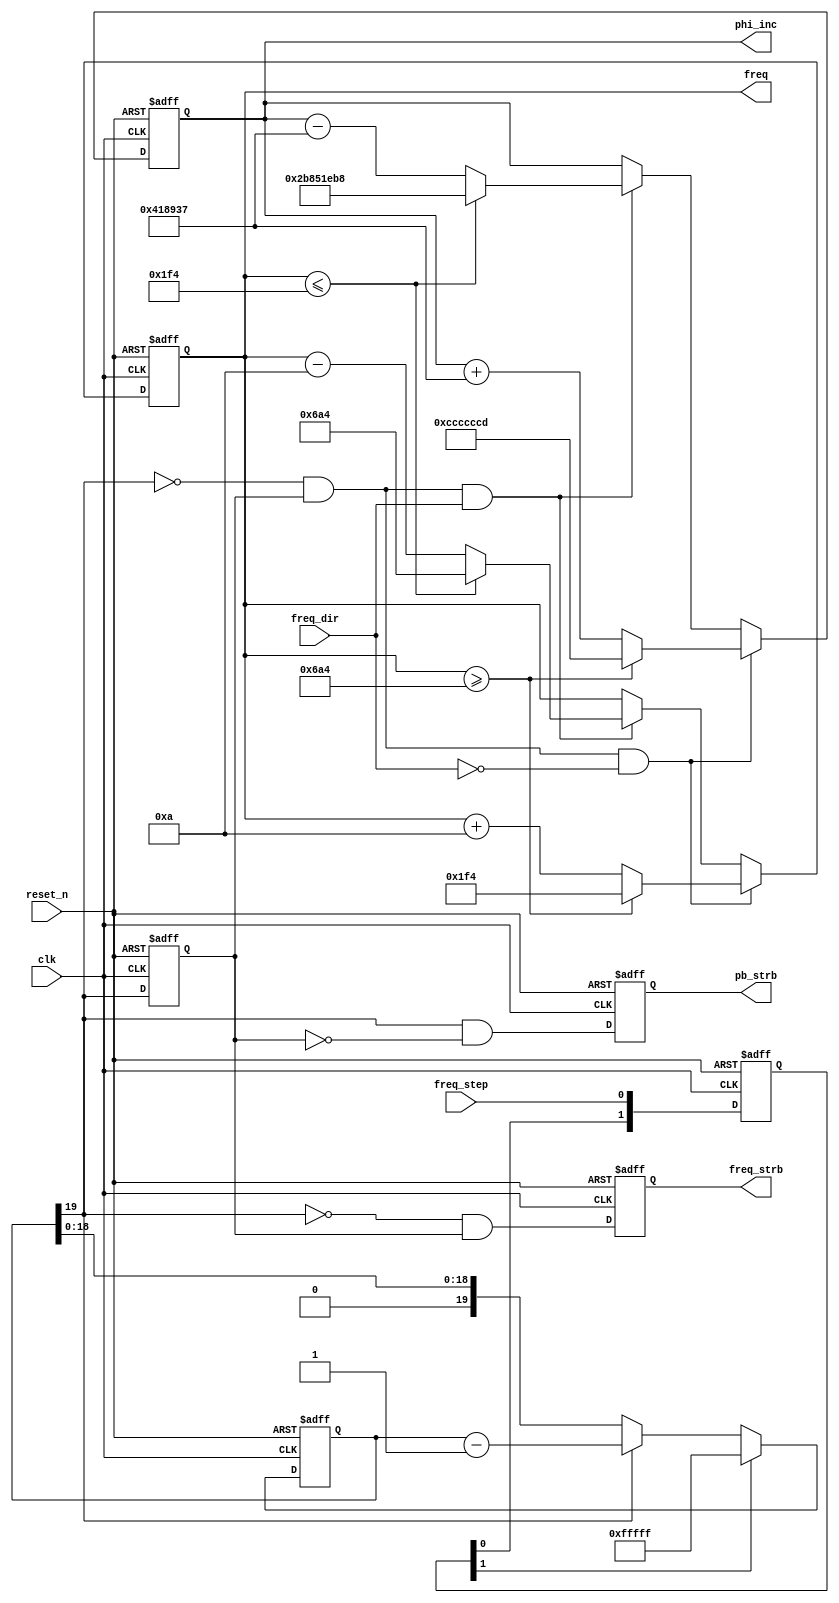
// freq_phase_cntrs.v
//
// Project: Medium Wave (500 kHz - 1700 kHz) Receiver, SDR Demonstration
// Copyright 2012, Zephyr Engineering, Inc., All Rights Reserved
//
// Description: Keep track of the current frequency and phase increment, which
// increment or decrement when the user push-button is pressed.
//
// Written by: Steve Kalandros
//
// Revision 0.1 - Aug. 24, 2012  S.K. Initial release.
// -----------------------------------------------------------------------------------------------------

// ---- Module I/O -------------------------------------------------------------------------------------
module freq_phase_cntrs
#(
    parameter START_FREQ_KHZ =  500,                   // Default frequency at reset or power-up
    parameter FREQ_STEP_KHZ  =   10,                   // Frequency increment or decrement step
    parameter LOW_FREQ_KHZ   =  500,                   // Lowest allowed frequency
    parameter HIGH_FREQ_KHZ  = 1700,                   // Highest allowed frequency
    parameter FREQ_SIZE      =   12,                   // Bits in frequency
    parameter DEBOUNCE_SIZE  =   20                    // Bits in debounce counter (determines delay)
) (
    input   wire  clk,                                 // System clock
    input   wire  reset_n,                             // Asynchronous system reset
    input   wire  freq_step,                           // Frequency step push-button
    input   wire  freq_dir,                            // Frequency step direction DIP switch
    output  wire  pb_strb,                             // Push-button pressed strobe
    output  wire  freq_strb,                           // Push-button released strobe
    output  wire  signed  [FREQ_SIZE-1:0] freq,        // Current frequency in kHz
    output  wire  [31:0]  phi_inc                      // Local oscillator phase increment
);
// -----------------------------------------------------------------------------------------------------


// ---- Function Definitions ---------------------------------------------------------------------------
// Function to convert frequency in kHz to a phase increment for a 32-bit phase accumulator running at
// the 10 MHz ADC clock rate:
// 1.) Multiply the frequency in kHz by a constant integer representing the reciprocal of 10 MHz
//     (10,000 kHz). Since the reciprocal is less than one and we want to do integer math, we multiply
//     the constant by 2^43. This provides sufficient precision for our integer phase increments.
// 2.) The phase accumulator is only 32 bits, so we need to truncate 11 bits. First truncate 10 bits,
//     then add one for rounding and truncate the final bit.
//              PHASE_INC = ((FREQUENCY_IN_KHZ * ((2**43) / 10,000) >> 10) + 1) >> 1
//
localparam RECIP_CLK_FREQ_KHZ = 43'd879609302;  // Define (2**43) / 10,000
function integer khz_to_phase;
    input integer khz;
    reg [74:0] product;
    begin
        product = ((khz * RECIP_CLK_FREQ_KHZ) >> 10) + 1;
        khz_to_phase = product[32:1];
    end
endfunction
// -----------------------------------------------------------------------------------------------------


// ---- Derived Parameters -----------------------------------------------------------------------------
// Use a function to convert frequencies in kHz to phase increments for a 32-bit accumulator running at
// the 10 MHz ADC clock rate.
// -----------------------------------------------------------------------------------------------------
localparam START_FREQ_PH  = khz_to_phase(START_FREQ_KHZ);  // Default phase increment
localparam FREQ_STEP_PH   = khz_to_phase(FREQ_STEP_KHZ);   // Phase increment step
localparam LOW_FREQ_PH    = khz_to_phase(LOW_FREQ_KHZ);    // Lowest phase increment
localparam HIGH_FREQ_PH   = khz_to_phase(HIGH_FREQ_KHZ);   // Highest phase increment
// -----------------------------------------------------------------------------------------------------


// ---- Push-Button Debouncing -------------------------------------------------------------------------
// Debounce the User push-button by synchronizing to the sample clock and
// setting a counter which delays long enough to get past the mechanical noise
// of the switch.
// -----------------------------------------------------------------------------------------------------
reg [1:0] step_sync;                   // Shift register to synchronize User push-button input
reg [DEBOUNCE_SIZE-1:0] usrcount;      // User push-button debounce counter
wire freq_step_deb;                    // Debounced push-button input

// Synchronize the User push-button input to the ADC clock using a shift register.
always @(posedge clk or negedge reset_n) begin
    if (!reset_n) begin
        step_sync <= 2'b0;
    end
    else begin
        step_sync <= {step_sync[0], freq_step};
    end
end

// Debounce User push-button. The circuit sets all bits of a counter when the
// button is pushed and then counts down to zero before clearing it in order to
// ignore any mechanical noise on the switch. The delay for detecting noise is
// (2^(DEBOUNCE_SIZE-1) / 10 MHz) which is about 52 ms for the default value
// of DEBOUNCE_SIZE (20).
always @(posedge clk or negedge reset_n) begin
    if (!reset_n) begin
        usrcount <= {DEBOUNCE_SIZE{1'b0}};
    end
    else if (step_sync[1]) begin
        usrcount <= {DEBOUNCE_SIZE{1'b1}};
    end
    else if (usrcount[DEBOUNCE_SIZE-1]) begin
        usrcount <= usrcount - {{(DEBOUNCE_SIZE-1){1'b0}},1'b1};
    end
end

// The MSB of the counter is the debounced push-button input.
assign freq_step_deb = usrcount[DEBOUNCE_SIZE-1];
// -----------------------------------------------------------------------------------------------------


// ---- Frequency and Phase Increment Counters ---------------------------------------------------------
// Increment or decrement the frequency and phase increment on a falling edge
// of the debounced push-button signal. Roll over to the low frequency and
// phase increment when incremented past the maximum frequency mark; roll over
// to the high frequency and phase increment when decremented past the low
// frequency mark. 
// -----------------------------------------------------------------------------------------------------
reg freq_step_debq;                    // Registered debounced push-button input for edge detection
reg pb_strbq;                          // Registered rising edge of debounced push-button
reg freq_strbq;                        // Registered rising edge of debounced push-button
reg [FREQ_SIZE-1:0] frequency;         // Current frequency
reg [31:0] phase_inc;                  // Phase increment for local oscillator

// The receiver powers up and resets to the default local oscillator frequency.
// Pressing the User push-button on the BeMicro causes the frequency to increment
// or decrement. The button push is detected by looking for a falling edge on the
// debounced button-push flag (which actually occurs about 105 ms after the switch
// is released). Switch 1 indicates direction: 0 is increment, 1 is decrement.
always @(posedge clk or negedge reset_n) begin
    if (!reset_n) begin
        freq_step_debq <= 1'b0;
        pb_strbq       <= 1'b0;
        freq_strbq     <= 1'b0;
        frequency      <= START_FREQ_KHZ[FREQ_SIZE-1:0];
        phase_inc      <= START_FREQ_PH;
    end
    else begin
        freq_step_debq <= freq_step_deb;
        pb_strbq       <= freq_step_deb & ~freq_step_debq;
        freq_strbq     <= ~freq_step_deb & freq_step_debq;

        // If Switch 1 is low, increment the frequency when the push-button is
        // pressed. If already at or past the high frequency, jump to the
        // low frequency.
        if (!freq_step_deb && freq_step_debq && !freq_dir) begin
            if (frequency >= HIGH_FREQ_KHZ) begin
                frequency <= LOW_FREQ_KHZ[FREQ_SIZE-1:0];
                phase_inc <= LOW_FREQ_PH;
            end
            else begin
                frequency <= frequency + FREQ_STEP_KHZ[FREQ_SIZE-1:0];
                phase_inc <= phase_inc + FREQ_STEP_PH;
            end
        end

        // If Switch 1 is high, decrement the frequency when the push-button is
        // pressed. If already at or past the low frequency, jump to the
        // high frequency.
        else if (!freq_step_deb && freq_step_debq && freq_dir) begin
            if (frequency <= LOW_FREQ_KHZ) begin
                frequency <= HIGH_FREQ_KHZ[FREQ_SIZE-1:0];
                phase_inc <= HIGH_FREQ_PH;
            end
            else begin
                frequency <= frequency - FREQ_STEP_KHZ[FREQ_SIZE-1:0];
                phase_inc <= phase_inc - FREQ_STEP_PH;
            end
        end
    end
end

// Assign outputs
assign pb_strb   = pb_strbq;
assign freq_strb = freq_strbq;
assign freq      = frequency;
assign phi_inc   = phase_inc;
// -----------------------------------------------------------------------------------------------------

endmodule